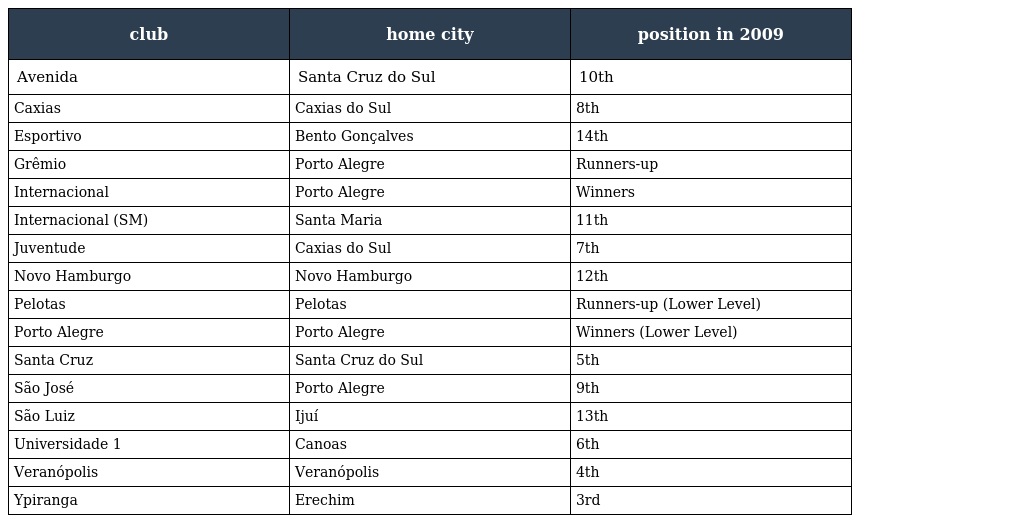
| club | home city | position in 2009 |
 | --- | --- | --- |
 | Avenida | Santa Cruz do Sul | 10th |
 | Caxias | Caxias do Sul | 8th |
 | Esportivo | Bento Gonçalves | 14th |
 | Grêmio | Porto Alegre | Runners-up |
 | Internacional | Porto Alegre | Winners |
 | Internacional (SM) | Santa Maria | 11th |
 | Juventude | Caxias do Sul | 7th |
 | Novo Hamburgo | Novo Hamburgo | 12th |
 | Pelotas | Pelotas | Runners-up (Lower Level) |
 | Porto Alegre | Porto Alegre | Winners (Lower Level) |
 | Santa Cruz | Santa Cruz do Sul | 5th |
 | São José | Porto Alegre | 9th |
 | São Luiz | Ijuí | 13th |
 | Universidade 1 | Canoas | 6th |
 | Veranópolis | Veranópolis | 4th |
 | Ypiranga | Erechim | 3rd |